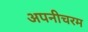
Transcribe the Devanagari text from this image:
अपनीचरम